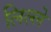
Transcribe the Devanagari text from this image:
लिल्ले